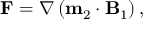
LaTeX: \mathbf { F } = \nabla \left( \mathbf { m } _ { 2 } \cdot \mathbf { B } _ { 1 } \right) ,